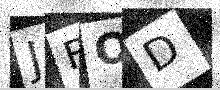
Text: JFOD